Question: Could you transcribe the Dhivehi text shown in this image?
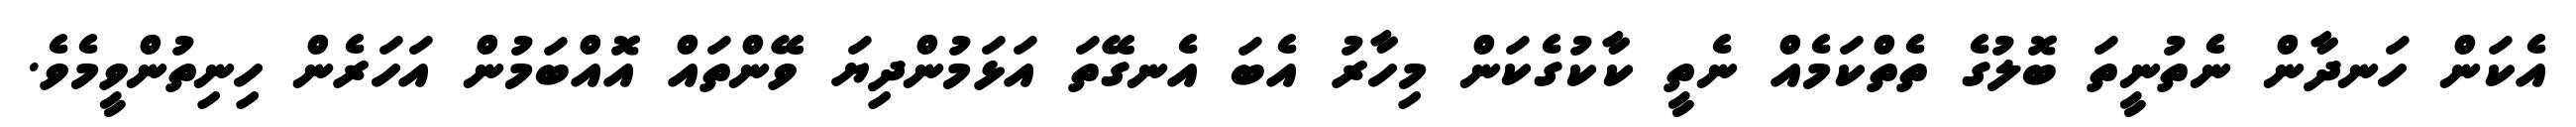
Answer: އެކަން ހަނދާން ނެތުނީތަ ބޮލުގެ ތެތްކަމެއް ނެތީ ކާކުގެކަން މިހާރު އެބަ އެނގޭތަ އަޅަމުންދިޔަ ވޭންތައް އޮއްބަމުން އަހަރެން ހިނިތުންވީމެވެ.